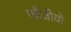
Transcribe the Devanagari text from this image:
फौजीयों